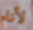
لأنام